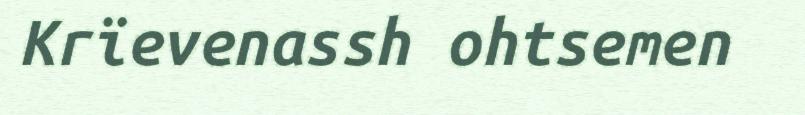
Krïevenassh ohtsemen